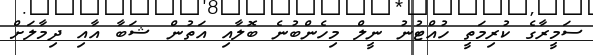
ސަމީރާގެ ކުރިމަތީ ހުއްޓުނު ނީލް މިހެންބުނެ ބޮލާއި އަތުން ޝަބާ އާއި ދިމާލަށް